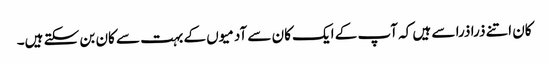
کان اتنے ذرا ذرا سے ہیں کہ آپ کے ایک کان سے آدمیوں کے بہت سے کان بن سکتے ہیں۔